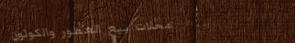
محلات بيع العطور والكولون